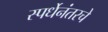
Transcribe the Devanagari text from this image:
स्पर्धेनंतरचे